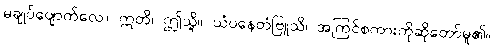
မချုပ်ပျောက်လေ။ ဣတိ၊ ဤသို့။ ယံပနေတံဗြူသိ၊ အကြင်စကားကိုဆိုတော်မူ၏။